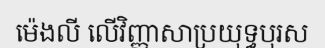
ម៉េងលី លើវិញ្ញាសាប្រយុទ្ធបុរស